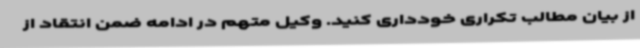
از بیان مطالب تکراری خودداری کنید. وکیل متهم در ادامه ضمن انتقاد از